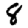
Digit: 8